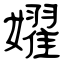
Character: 嬥